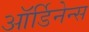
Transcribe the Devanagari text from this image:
ऑर्डिनेन्स